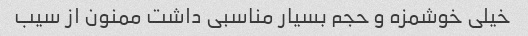
خیلی خوشمزه و حجم بسیار مناسبی داشت ممنون از سیب